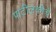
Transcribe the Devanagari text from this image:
पाटीलकीचे